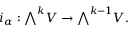
i _ { \alpha } : { \textstyle \bigwedge } ^ { k } V \rightarrow { \textstyle \bigwedge } ^ { k - 1 } V .